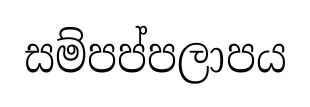
සම්පප්පලාපය